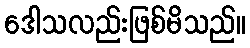
ဒေါသလည်းဖြစ်မိသည်။